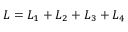
L = L _ { 1 } + L _ { 2 } + L _ { 3 } + L _ { 4 }